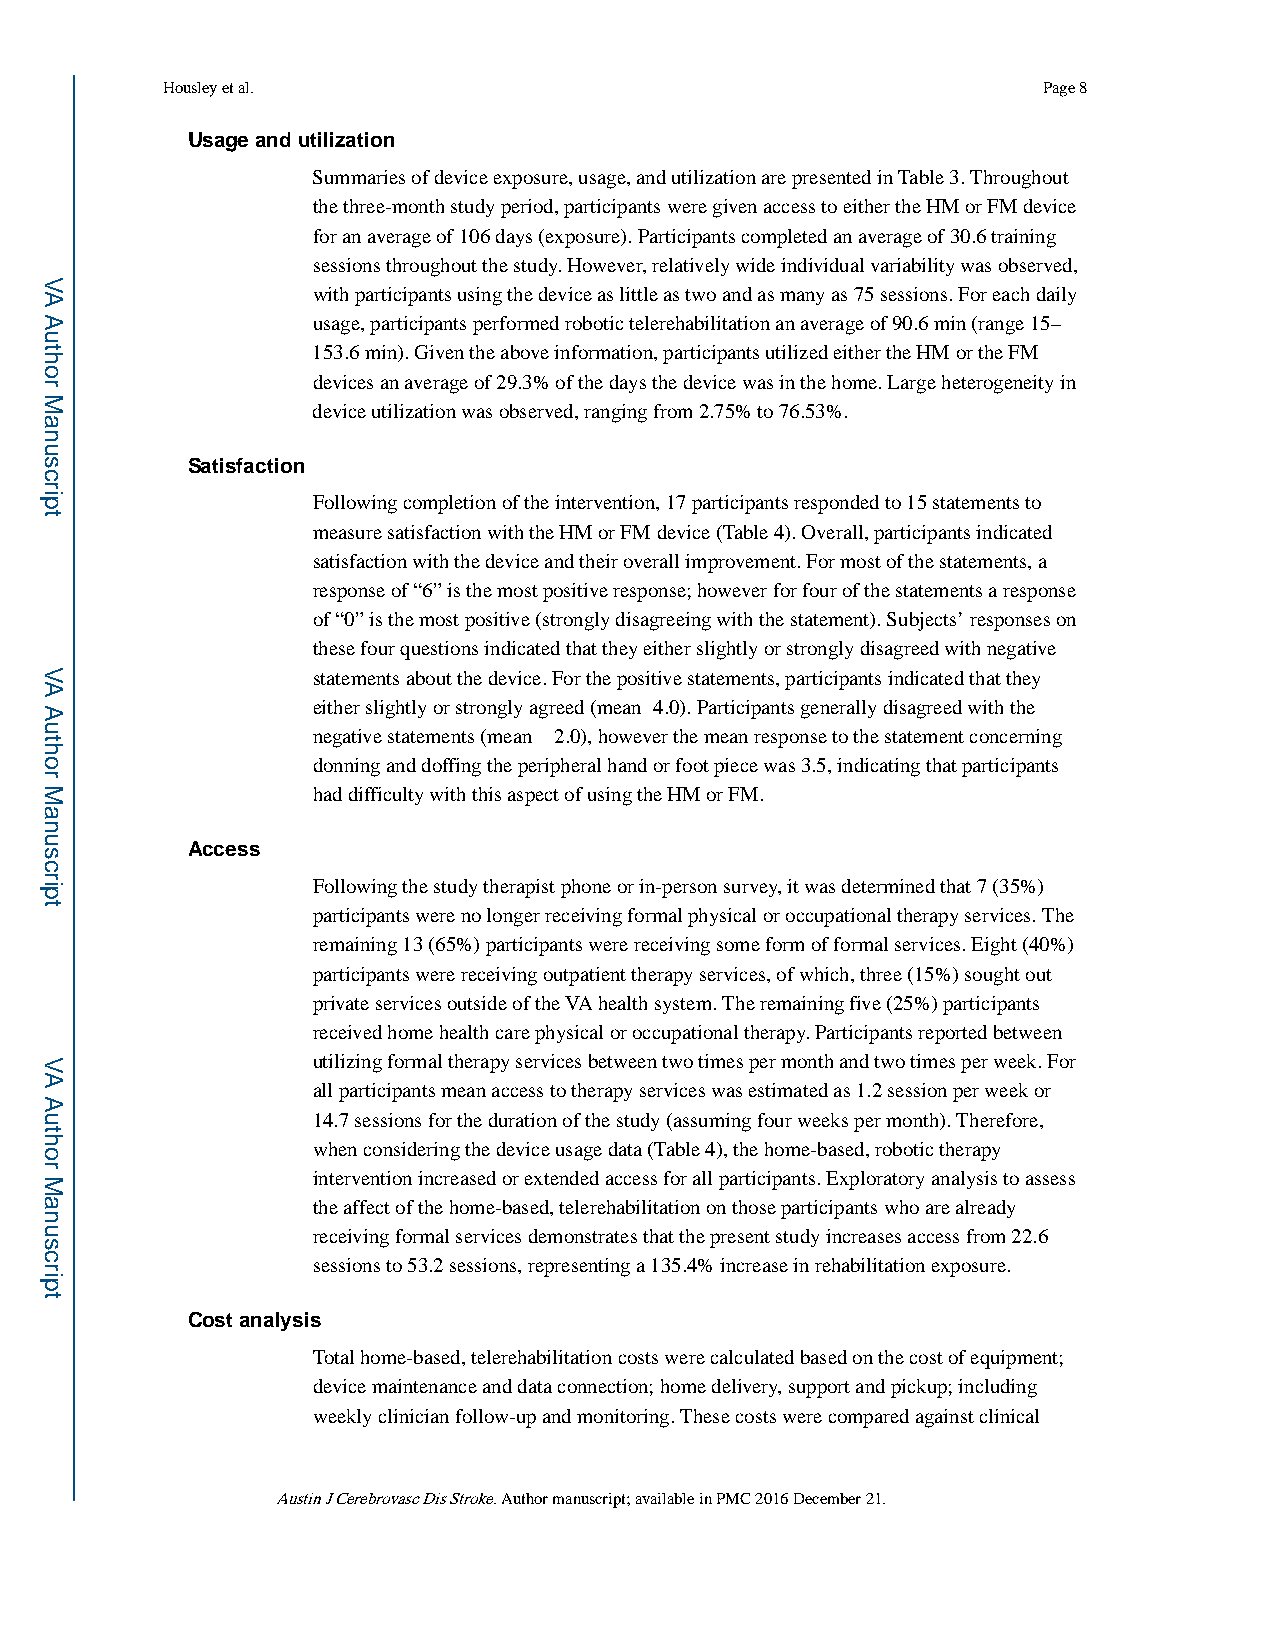
Housley et al.                                            Page 8
 Usage and utilization
 Summaries of device exposure, usage, and utilization are presented in Table 3. Throughout
 the three-month study period, participants were given access to either the HM or FM device
 for an average of 106 days (exposure). Participants completed an average of 30.6 training
 sessions throughout the study. However, relatively wide individual variability was observed,
 with participants using the device as little as two and as many as 75 sessions. For each daily
 usage, participants performed robotic telerehabilitation an average of 90.6 min (range 15–
 153.6 min). Given the above information, participants utilized either the HM or the FM
 devices an average of 29.3% of the days the device was in the home. Large heterogeneity in
 device utilization was observed, ranging from 2.75% to 76.53%.
 Satisfaction
 Following completion of the intervention, 17 participants responded to 15 statements to
 measure satisfaction with the HM or FM device (Table 4). Overall, participants indicated
 satisfaction with the device and their overall improvement. For most of the statements, a
 response of “6” is the most positive response; however for four of the statements a response
 of “0” is the most positive (strongly disagreeing with the statement). Subjects’ responses on
 these four questions indicated that they either slightly or strongly disagreed with negative
 statements about the device. For the positive statements, participants indicated that they
 either slightly or strongly agreed (mean≥4.0). Participants generally disagreed with the
 negative statements (mean ≤ 2.0), however the mean response to the statement concerning
 donning and doffing the peripheral hand or foot piece was 3.5, indicating that participants
 had difficulty with this aspect of using the HM or FM.
 Access
 Following the study therapist phone or in-person survey, it was determined that 7 (35%)
 participants were no longer receiving formal physical or occupational therapy services. The
 remaining 13 (65%) participants were receiving some form of formal services. Eight (40%)
 participants were receiving outpatient therapy services, of which, three (15%) sought out
 private services outside of the VA health system. The remaining five (25%) participants
 received home health care physical or occupational therapy. Participants reported between
 utilizing formal therapy services between two times per month and two times per week. For
 all participants mean access to therapy services was estimated as 1.2 session per week or
 14.7 sessions for the duration of the study (assuming four weeks per month). Therefore,
 when considering the device usage data (Table 4), the home-based, robotic therapy
 intervention increased or extended access for all participants. Exploratory analysis to assess
 the affect of the home-based, telerehabilitation on those participants who are already
 receiving formal services demonstrates that the present study increases access from 22.6
 sessions to 53.2 sessions, representing a 135.4% increase in rehabilitation exposure.
 Cost analysis
 Total home-based, telerehabilitation costs were calculated based on the cost of equipment;
 device maintenance and data connection; home delivery, support and pickup; including
 weekly clinician follow-up and monitoring. These costs were compared against clinical
 Austin J Cerebrovasc Dis Stroke. Author manuscript; available in PMC 2016 December 21.
 VA
 Author
 Manuscript
 VA
 Author
 Manuscript
 VA
 Author
 Manuscript